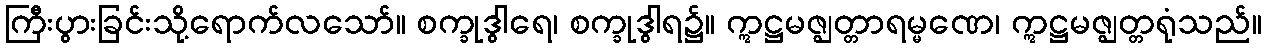
ကြီးပွားခြင်းသို့ရောက်လသော်။ စက္ခုဒွါရေ၊ စက္ခုဒွါရ၌။ ဣဋ္ဌမဇ္ဈတ္တာရမ္မဏေ၊ ဣဋ္ဌမဇ္ဈတ္တရုံသည်။